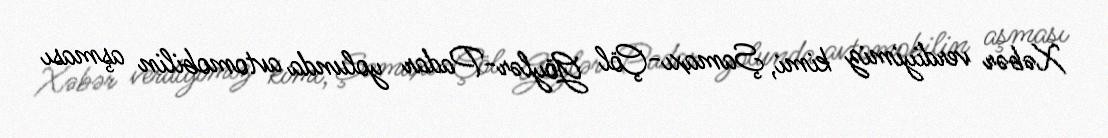
Xəbər verdiyimiz kimi, Şamaxı-Çöl Göylər-Padar yolunda avtomobilin aşması